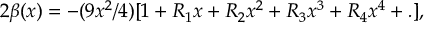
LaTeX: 2 \beta ( x ) = - ( 9 x ^ { 2 } / 4 ) [ 1 + R _ { 1 } x + R _ { 2 } x ^ { 2 } + R _ { 3 } x ^ { 3 } + R _ { 4 } x ^ { 4 } + . ] ,